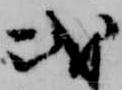
或